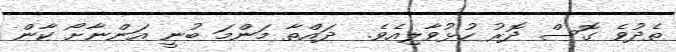
ތެދުވެ ގޮސް ދޮރު ހުޅުވާލިއެވެ.  ދައްތާ މަންމަ ބުނީ އަންނާށޯ ކާން